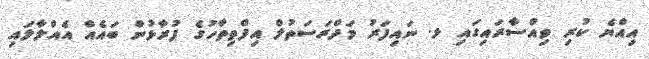
އިއްޔެ ކުރި ވިއްސާރައިގައި ޅ. ނައިފަރު މަދްރަސަތުލް އިފްތިތާހުގެ ފުރާޅުން ބައެއް އެއްލާލައި